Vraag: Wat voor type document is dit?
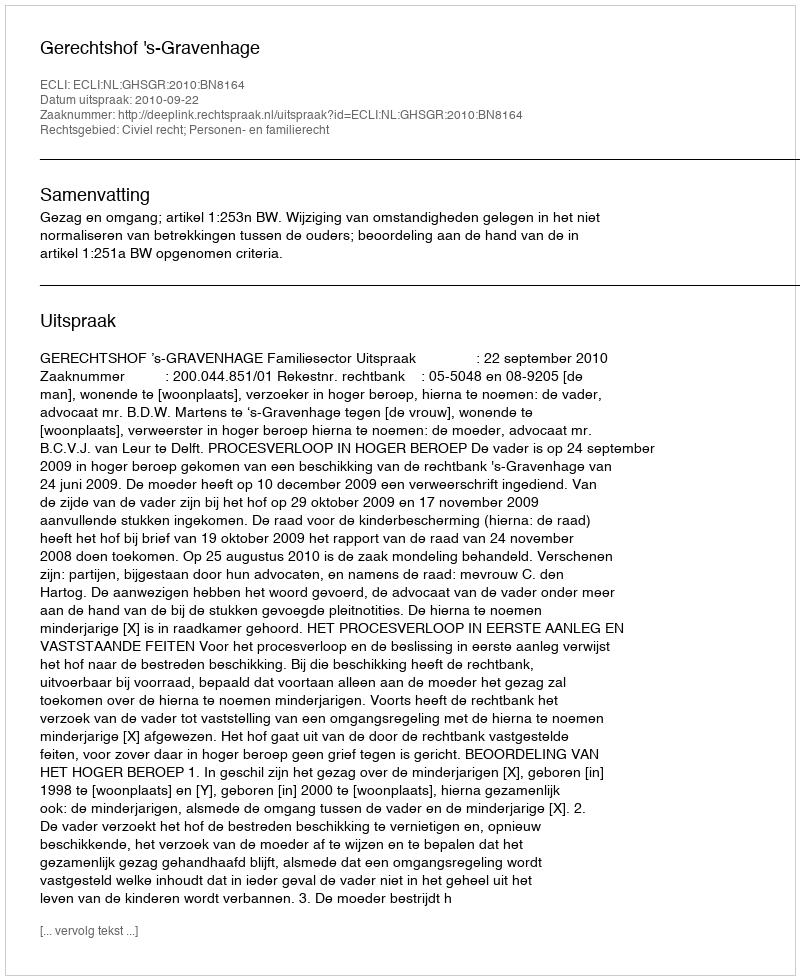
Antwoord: Uitspraak